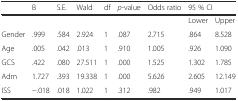
<table><thead><tr><td></td><td><b>B</b></td><td><b>S.E.</b></td><td><b>Wald</b></td><td><b>df</b></td><td><b><i>p</i>-value</b></td><td><b>Odds ratio</b></td><td colspan="2"><b>95 % CI</b></td></tr></thead><tbody><tr><td colspan="7"></td><td>Lower</td><td>Upper</td></tr><tr><td>Gender</td><td>.999</td><td>.584</td><td>2.924</td><td>1</td><td>.087</td><td>2.715</td><td>.864</td><td>8.528</td></tr><tr><td>Age</td><td>.005</td><td>.042</td><td>.013</td><td>1</td><td>.910</td><td>1.005</td><td>.926</td><td>1.090</td></tr><tr><td>GCS</td><td>.422</td><td>.080</td><td>27.511</td><td>1</td><td>.000</td><td>1.525</td><td>1.302</td><td>1.785</td></tr><tr><td>Adm</td><td>1.727</td><td>.393</td><td>19.338</td><td>1</td><td>.000</td><td>5.626</td><td>2.605</td><td>12.149</td></tr><tr><td>ISS</td><td>−.018</td><td>.018</td><td>1.022</td><td>1</td><td>.312</td><td>.982</td><td>.949</td><td>1.017</td></tr></tbody></table>